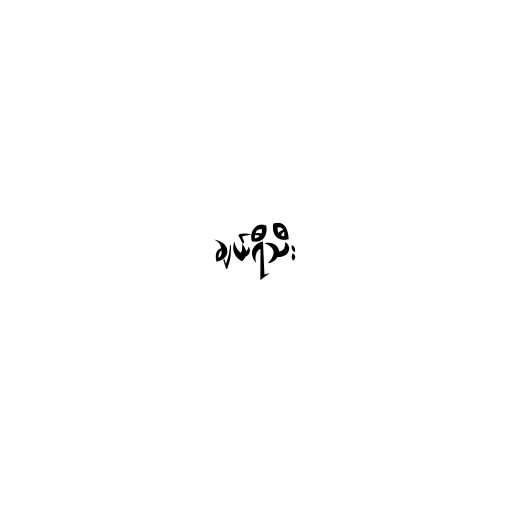
ချယ်ရီသီး